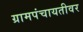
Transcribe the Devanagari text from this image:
ग्रामपंचायतीवर